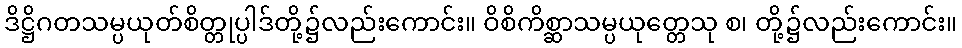
ဒိဋ္ဌိဂတသမ္ပယုတ်စိတ္တုပ္ပါဒ်တို့၌လည်းကောင်း။ ဝိစိကိစ္ဆာသမ္ပယုတ္တေသု စ၊ တို့၌လည်းကောင်း။